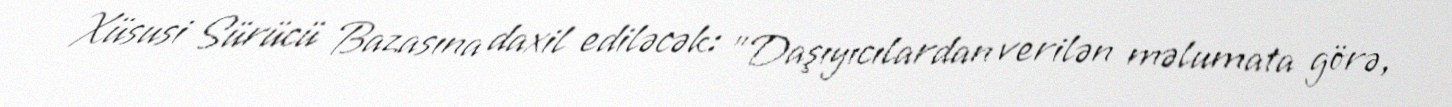
Xüsusi Sürücü Bazasına daxil ediləcək: "Daşıyıcılardan verilən məlumata görə,